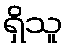
ရှိသူ